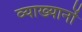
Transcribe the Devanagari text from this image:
व्‍याख्‍यानों